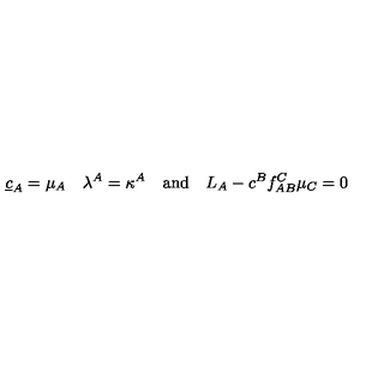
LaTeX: \underline { { c } } _ { A } = \mu _ { A } \quad \lambda ^ { A } = \kappa ^ { A } \quad \mathrm { a n d } \quad L _ { A } - c ^ { B } f _ { A B } ^ { C } \mu _ { C } = 0